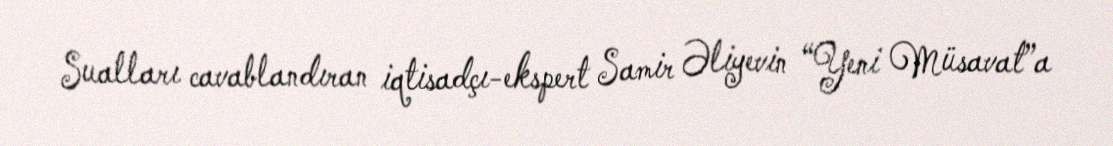
Sualları cavablandıran iqtisadçı-ekspert Samir Əliyevin “Yeni Müsavat”a